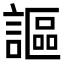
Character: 謳